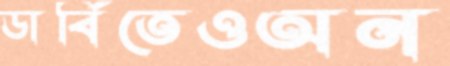
ডার্বিতেওঅন